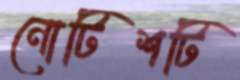
নোটিশটি